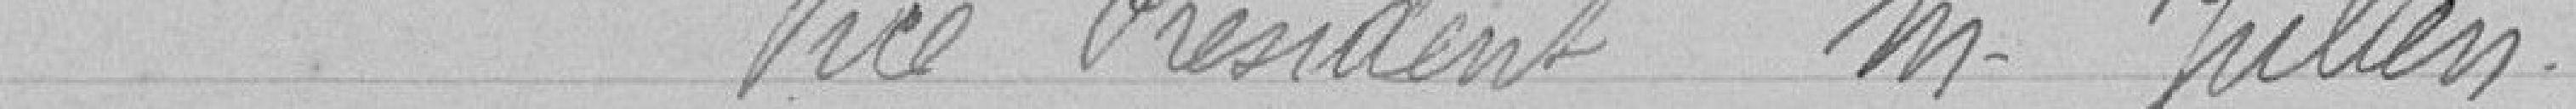
Vice Président monsieur Julien.